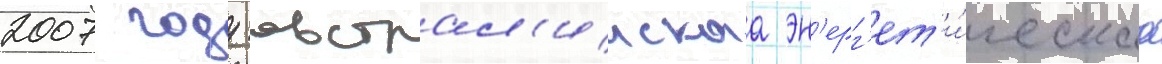
2007 году австрал'иискаа эн'ерг'ет'и́ческаа